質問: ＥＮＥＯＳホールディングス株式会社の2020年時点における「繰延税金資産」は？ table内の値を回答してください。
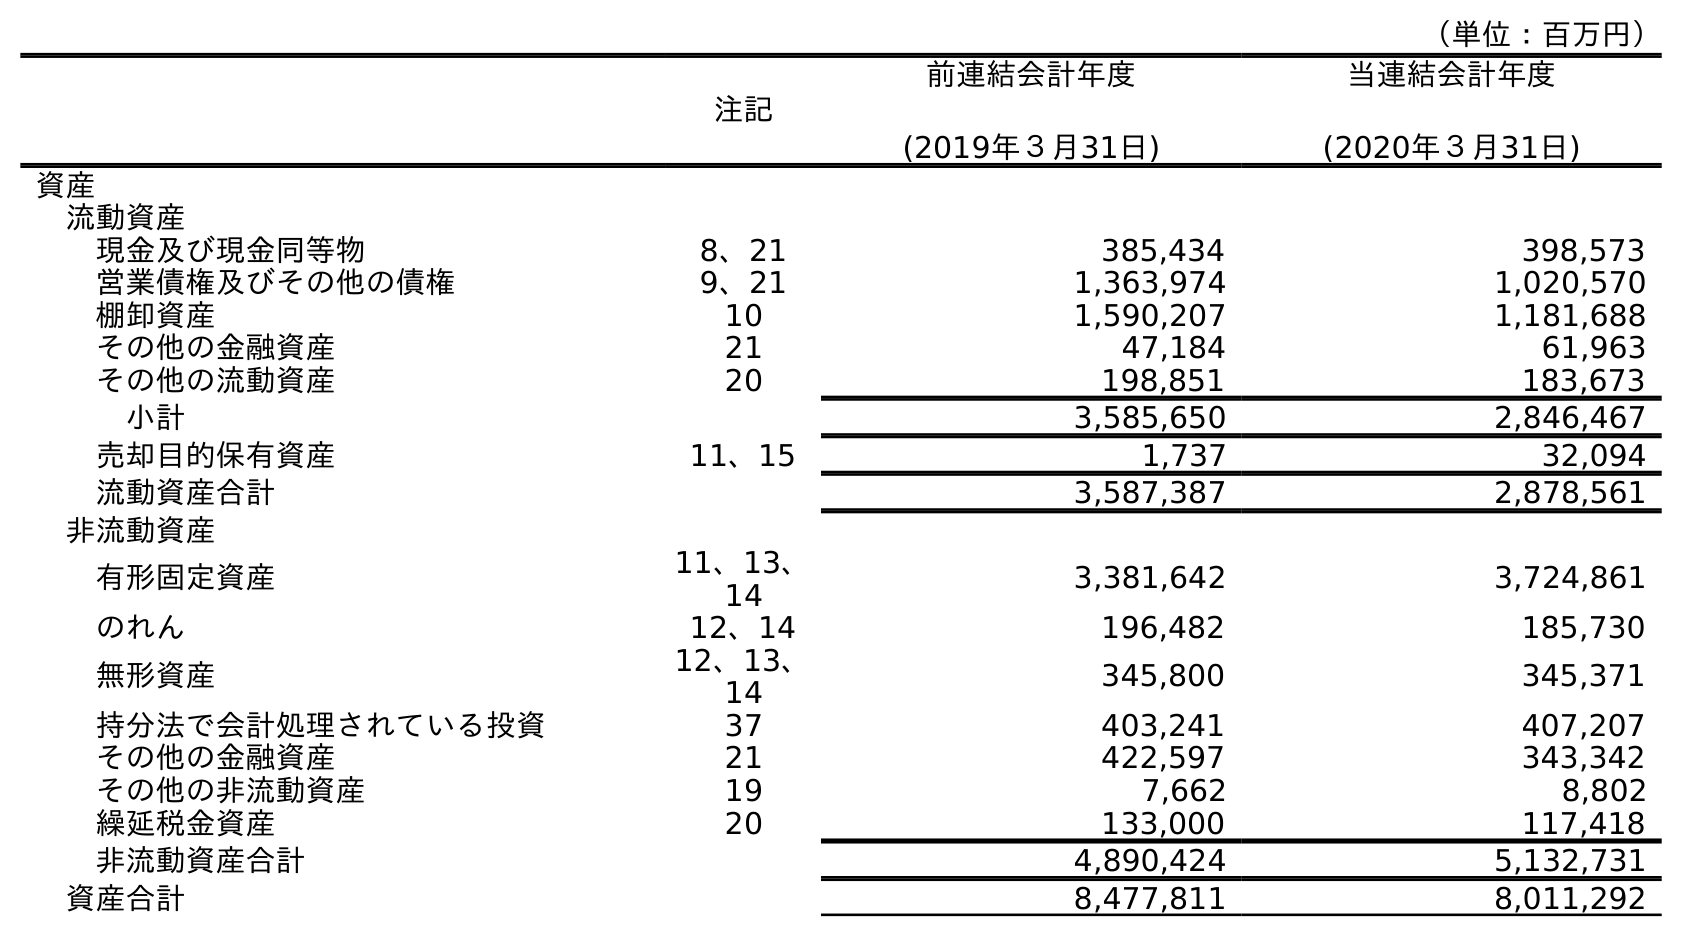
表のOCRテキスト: （単位：百万円） 注記 前連結会計年度 (2019年３月31日) 当連結会計年度 (2020年３月31日) 資産 流動資産 現金及び現金同等物 8、21 385,434 398,573 営業債権及びその他の債権 9、21 1,363,974 1,020,570 棚卸資産 10 1,590,207 1,181,688 その他の金融資産 21 47,184 61,963 その他の流動資産 20 198,851 183,673 小計 3,585,650 2,846,467 売却目的保有資産 11、15 1,737 32,094 流動資産合計 3,587,387 2,878,561 非流動資産 有形固定資産 11、13、 14 3,381,642 3,724,861 のれん 12、14 196,482 185,730 無形資産 12、13、 14 345,800 345,371 持分法で会計処理されている投資 37 403,241 407,207 その他の金融資産 21 422,597 343,342 その他の非流動資産 19 7,662 8,802 繰延税金資産 20 133,000 117,418 非流動資産合計 4,890,424 5,132,731 資産合計 8,477,811 8,011,292
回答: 117,418